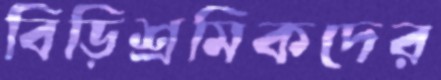
বিড়িশ্রমিকদের